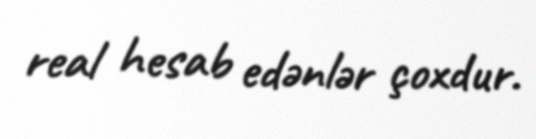
real hesab edənlər çoxdur.